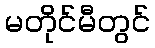
မတိုင်မီတွင်